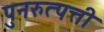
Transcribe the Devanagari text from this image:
पुनरुत्पत्ती